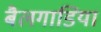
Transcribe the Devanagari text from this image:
बैलगाडियां